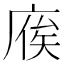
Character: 𢉡